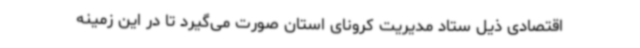
اقتصادی ذیل ستاد مدیریت کرونای استان صورت می‌گیرد تا در این زمینه